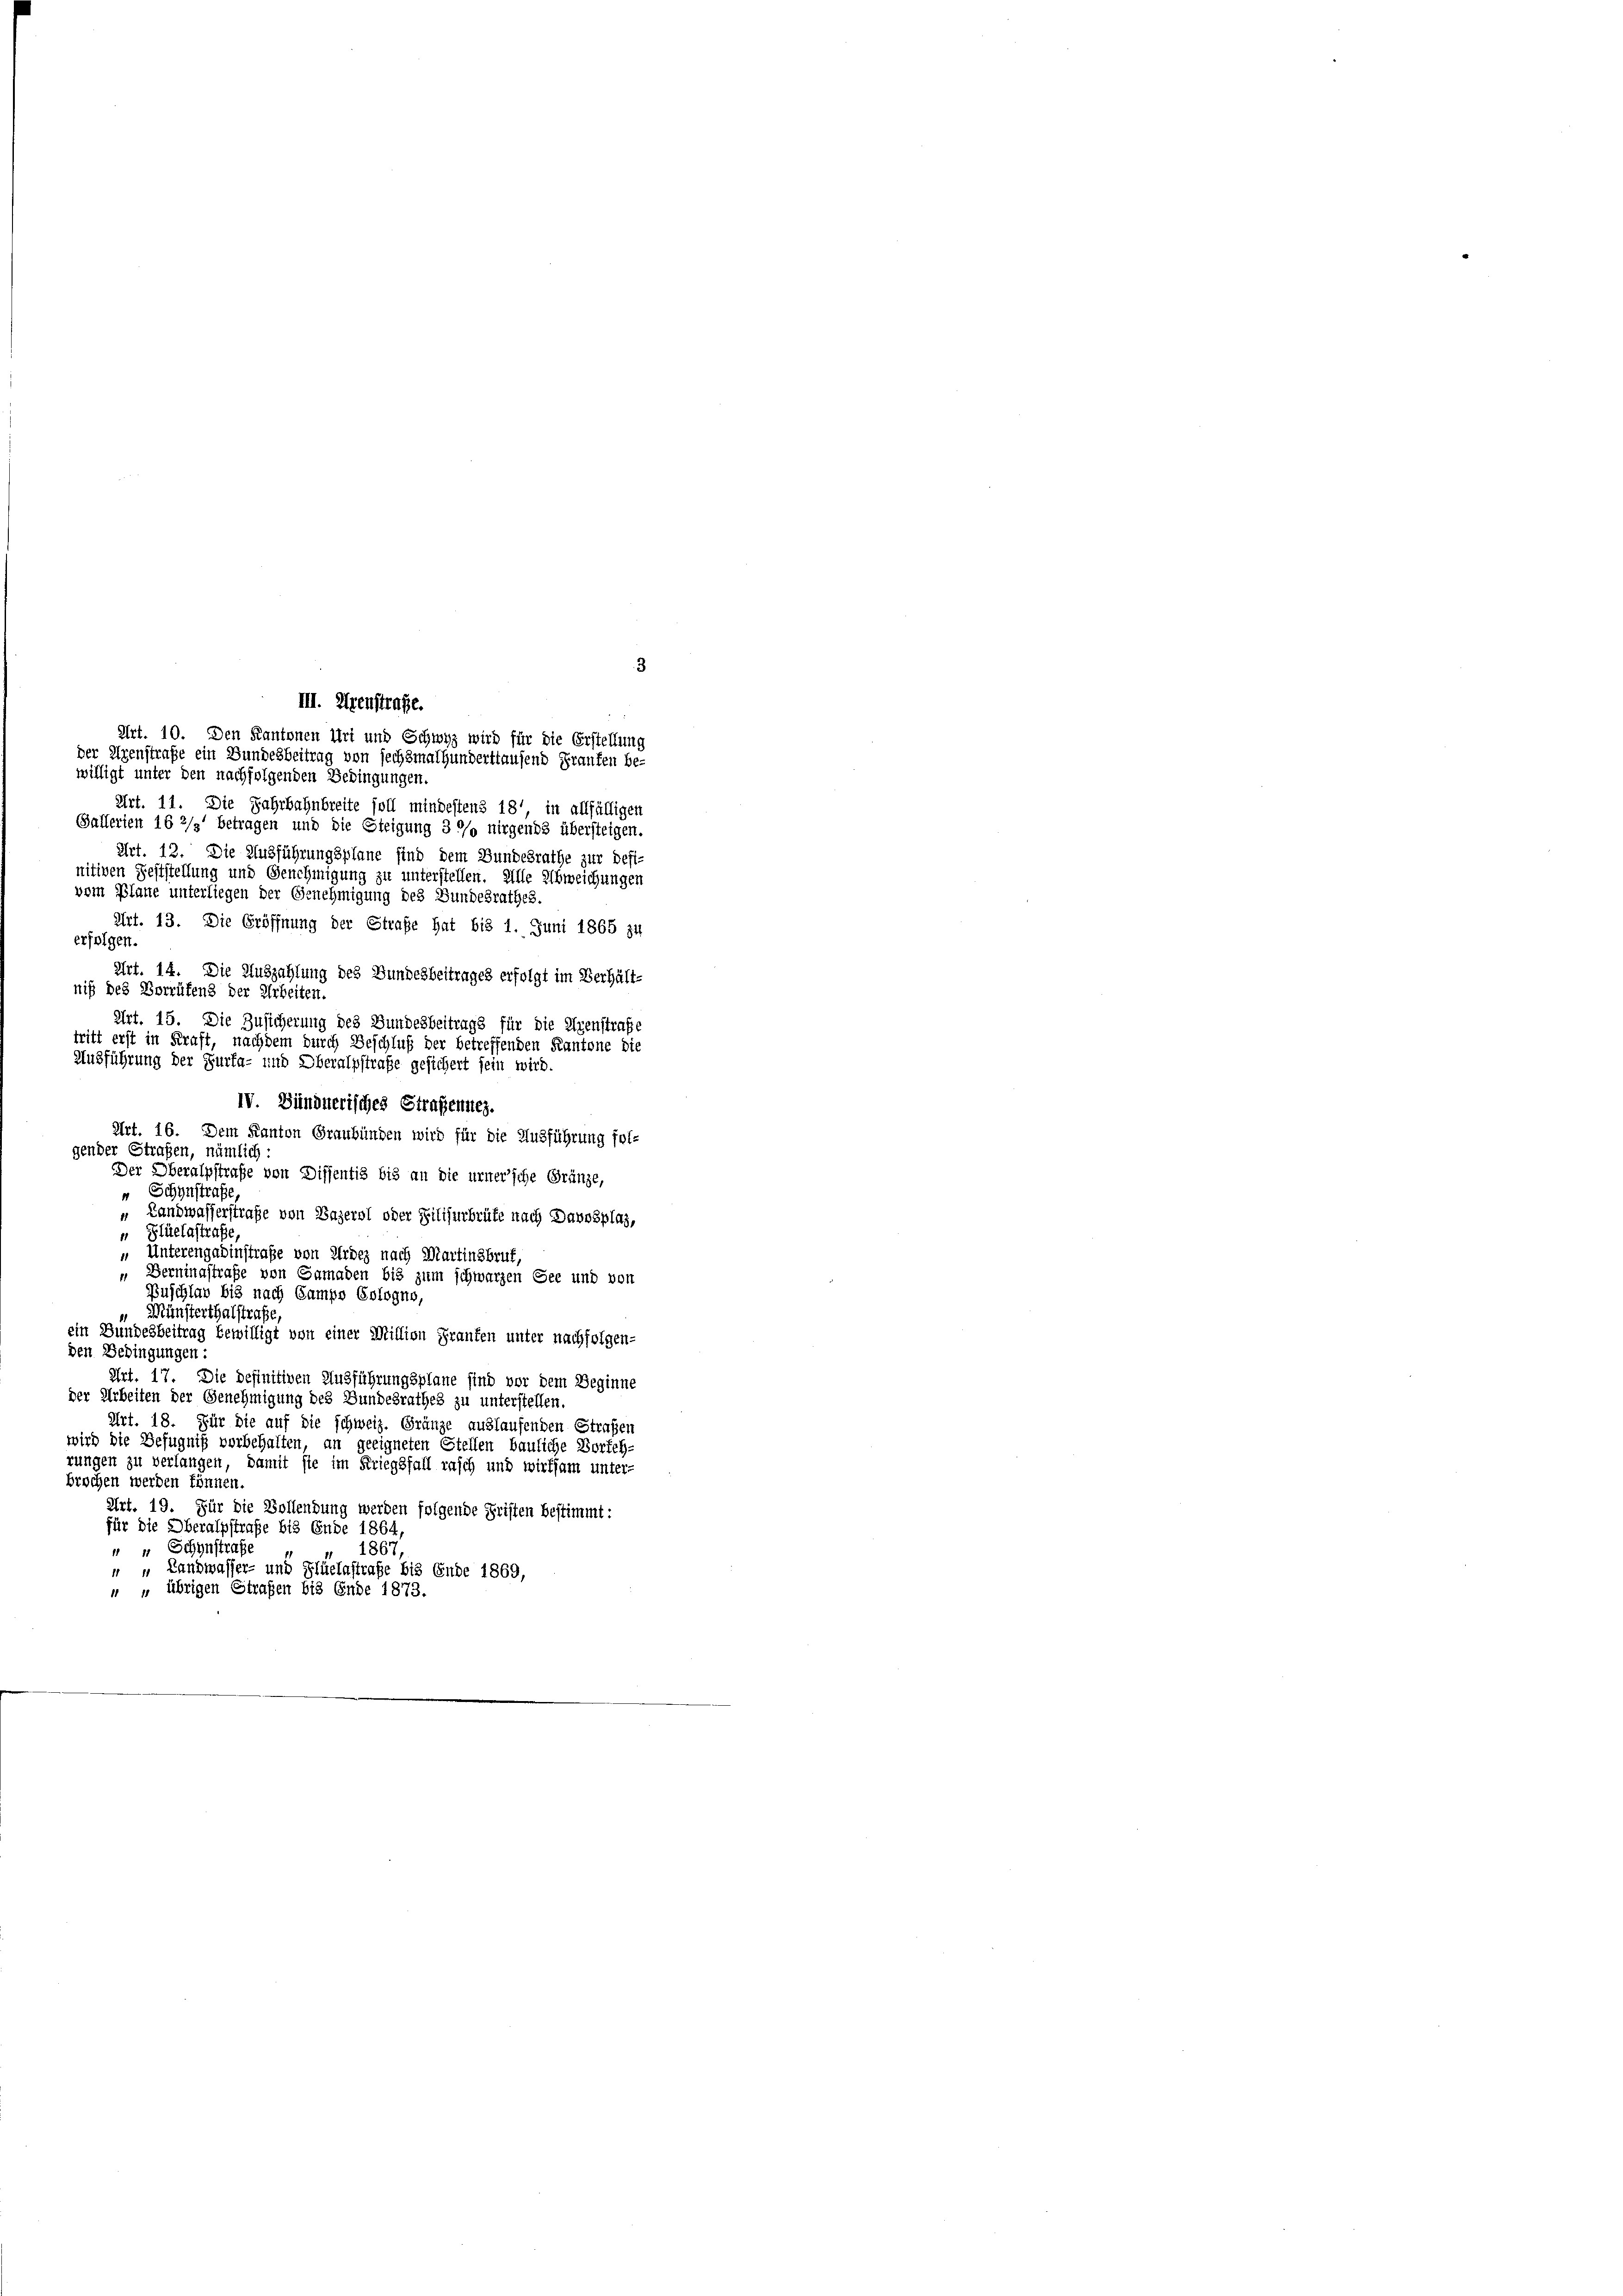
3

willigt unter den nachfolgenden Bedingungen.
Art. 11. Die Jahrbahnbreite soll mindestens 181 in allfälligen
Gallerien 16 2/3 betragen und die Steigung 3 % nirgends übersteigen.
Art. 12. Die Ausführungsplane sind dem Bundesrathe zur Defi-
nitiven Feststellung und Genehmigung zu unterstellen. Alle Abweichungen
vom Plane unterliegen der Genehmigung des Bundesrathes.
Art. 13. Die Eröffnung der Strafe hat bis 1. Juni 1865 34
erfolgen.
Art. 14. Die Auszahlung des Bundesbeitrages erfolgt im Verhält-
niß des Vorrüfend der Arbeiten.
Art. 15. Die Zusicherung des Gundesbeitrags für die Eigenstraße
tritt erst in Kraft, nachdem durch Beschluß der betreffenden Kantone die
IV. Bündnerisches Straßenne.
Art. 16. Dem Kanton Graubünden wird für die Ausführung fol-
gender Straßen, nämlich
Der Oberalpstraße von Diffentis bis an die urner’sche Gränze,
Schynstrafe,
Landwasserstraße von Vazerol oder Filisurbrüfe nach Davnsplaz,
4
 Flüelastrafe,
 Unterengadinstraße von Erde nach Martinsbruk,
Berningstraße von Gamaden bis zum schwarzen See und von
Puschlav bis nach Samps Cologno,
 Münsterthalstrafe,
ein Bundesbeitrag bewilligt von einer Million Franten unter nachfolgen-
den Bedingungen:
Art. 17. Die definitiven Ausführungsplane sind vor dem Beginne
der Arbeiten der Genehmigung des Bundesrathes zu unterstellen.
Art. 18. Für die auf die schweiz. Gränze auslaufenden Straßen
wird die Befugniß vorbehalten, an geeigneten Stellen bauliche Vorteh-
rungen zu verlangen, damit sie im Kriegsfall rasch und wirksam unter-
brochen werden können.
Art. 19. Für die Vollendung werden folgende Fristen bestimmt:
für die Oberalpstrafe bis Ende 1864,
 “ Schynstrafe
1867
" " Landwasser- und Flüetastrafe bis Ende 1869,
“ „ übrigen Strafen bis Ende 1873.

III. Dienstrafe.
Art. 10. Den Kantonen Uri und Schwyz wird für die Erstellung
der Eigenstrafe ein Bundesbeitrag von sechsmalhunderttausend Franken be-

Ausführung der Furfa- und Oberalpstrafe gesichert sein wird.